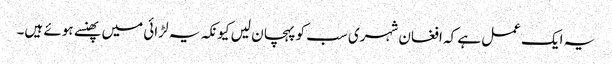
یہ ایک عمل ہے کہ افغان شہری سب کو پہچان لیں کیونکہ یہ لڑائی میں پھنسے ہوئے ہیں۔